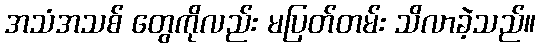
အသံအသစ် တွေကိုလည်း မပြတ်တမ်း သိလာခဲ့သည်။